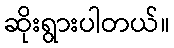
ဆိုးရွားပါတယ်။